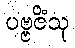
ပဗ္ဗဇိံသု